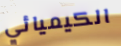
الكيميائي